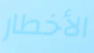
الأخطار